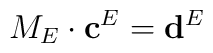
M_E\cdot \mathbf{c}^E=\mathbf{d}^E